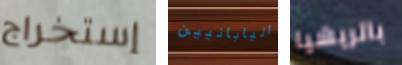
إستخراج اليابانيين باتريشيا